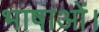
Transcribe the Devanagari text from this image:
भाषाओं।